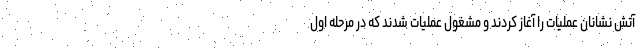
آتش نشانان عملیات را آغاز کردند و مشغول عملیات شدند که در مرحله اول